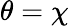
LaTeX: \theta=\chi